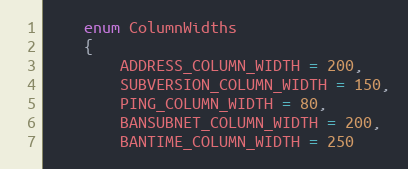
Language: C
    enum ColumnWidths
    {
        ADDRESS_COLUMN_WIDTH = 200,
        SUBVERSION_COLUMN_WIDTH = 150,
        PING_COLUMN_WIDTH = 80,
        BANSUBNET_COLUMN_WIDTH = 200,
        BANTIME_COLUMN_WIDTH = 250